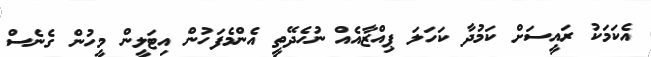
އެކަމަކު ރައީސަށް ކަމުދާ ކަހަލަ ޕިއްޒާއެއް ނުހެދޭތީ އެންމެފަހުން އިޓަލީން މީހުން ގެނެސް